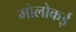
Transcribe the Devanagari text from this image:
मोलोकई